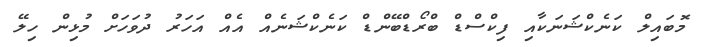
މޮބައިލް ކަނެކްޝަނަކާއި ފިކްސްޑް ބްރޯޑްބޭންޑް ކަނެކްޝަނެއް އެއް އަހަރު ދުވަހަށް މުޅިން ހިލޭ